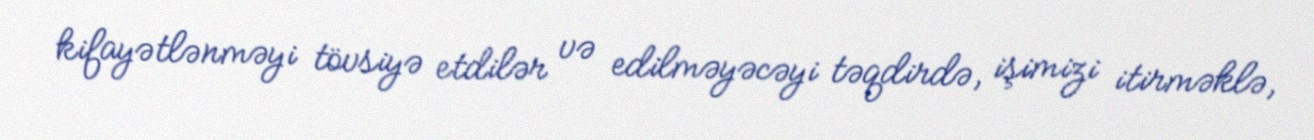
kifayətlənməyi tövsiyə etdilər və edilməyəcəyi təqdirdə, işimizi itirməklə,